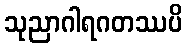
သုညာဂါရဂတဿပိ